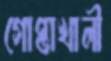
গোপ্তাখালী